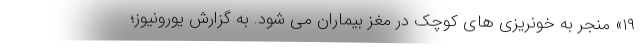
۱۹» منجر به خونریزی های کوچک در مغز بیماران می شود. به گزارش یورونیوز؛